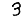
Digit: 3